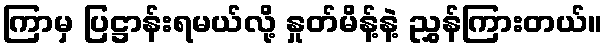
ကြာမှ ပြဋ္ဌာန်းရမယ်လို့ နှုတ်မိန့်နဲ့ ညွှန်ကြားတယ်။